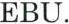
EBU.